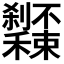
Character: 𥤔